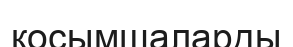
қосымшаларды